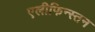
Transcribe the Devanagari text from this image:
एलीफिन्स्तन